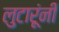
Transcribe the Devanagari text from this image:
लुटारूंनी